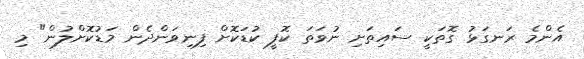
އެންމެ ރަނގަޅު ގޮތަކީ ސައިތަށި ނުވަތަ ކޮފީ ކުޑަކޮށް ފިނިވަންދެން މަޑުކޮށްލުން" މި